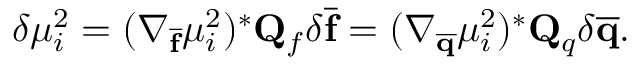
\delta \mu _ { i } ^ { 2 } = ( \nabla _ { \mathbf { \overline { { f } } } } \mu _ { i } ^ { 2 } ) ^ { * } \mathbf { Q } _ { f } \delta \mathbf { \overline { { f } } } = ( \nabla _ { \mathbf { \overline { { q } } } } \mu _ { i } ^ { 2 } ) ^ { * } \mathbf { Q } _ { q } \delta \mathbf { \overline { { q } } } .